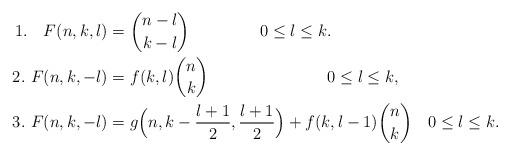
LaTeX: \begin{align*}1.\ \ \ F(n,k,l) =\ &{n-l\choose k-l} \ \ \ \ \ \ \ \ \ \ \ \ \ 0\le l\le k.\\ 2. \ F(n,k,-l) =\ &f(k,l) {n\choose k} \ \ \ \ \ \ \ \ \ \ \ \ \ \ \ \ \ \ \ \ \ \ 0\le l\le k,\\ 3. \ F(n,k,-l) =\ &g\Big(n,k-\frac{l+1}2,\frac{l+1}2\Big)+f(k,l-1) {n\choose k} \ \ \ 0\le l\le k.\end{align*}